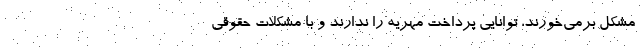
مشکل برمی‌خورند، توانایی پرداخت مهریه را ندارند و با مشکلات حقوقی